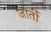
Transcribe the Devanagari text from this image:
जार्ती